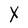
Character: X